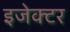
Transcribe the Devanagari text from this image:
इजेक्टर